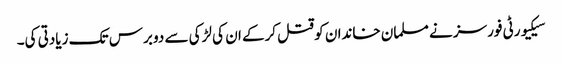
سیکیورٹی فورسز نے مسلمان خاندان کو قتل کرکے ان کی لڑکی سے دو برس تک زیادتی کی۔